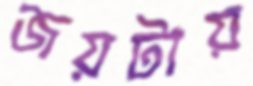
জয়টায়